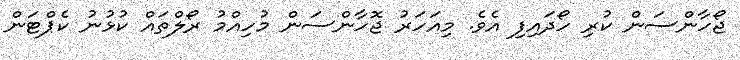
ޖޯހާންސަން ކުރި ހޯދައިފި އެވެ. މިއަހަރު ޖޮހާންސަން މުހިއްމު ރޯލްތައް ކުޅުނު ކެޕްޓަން